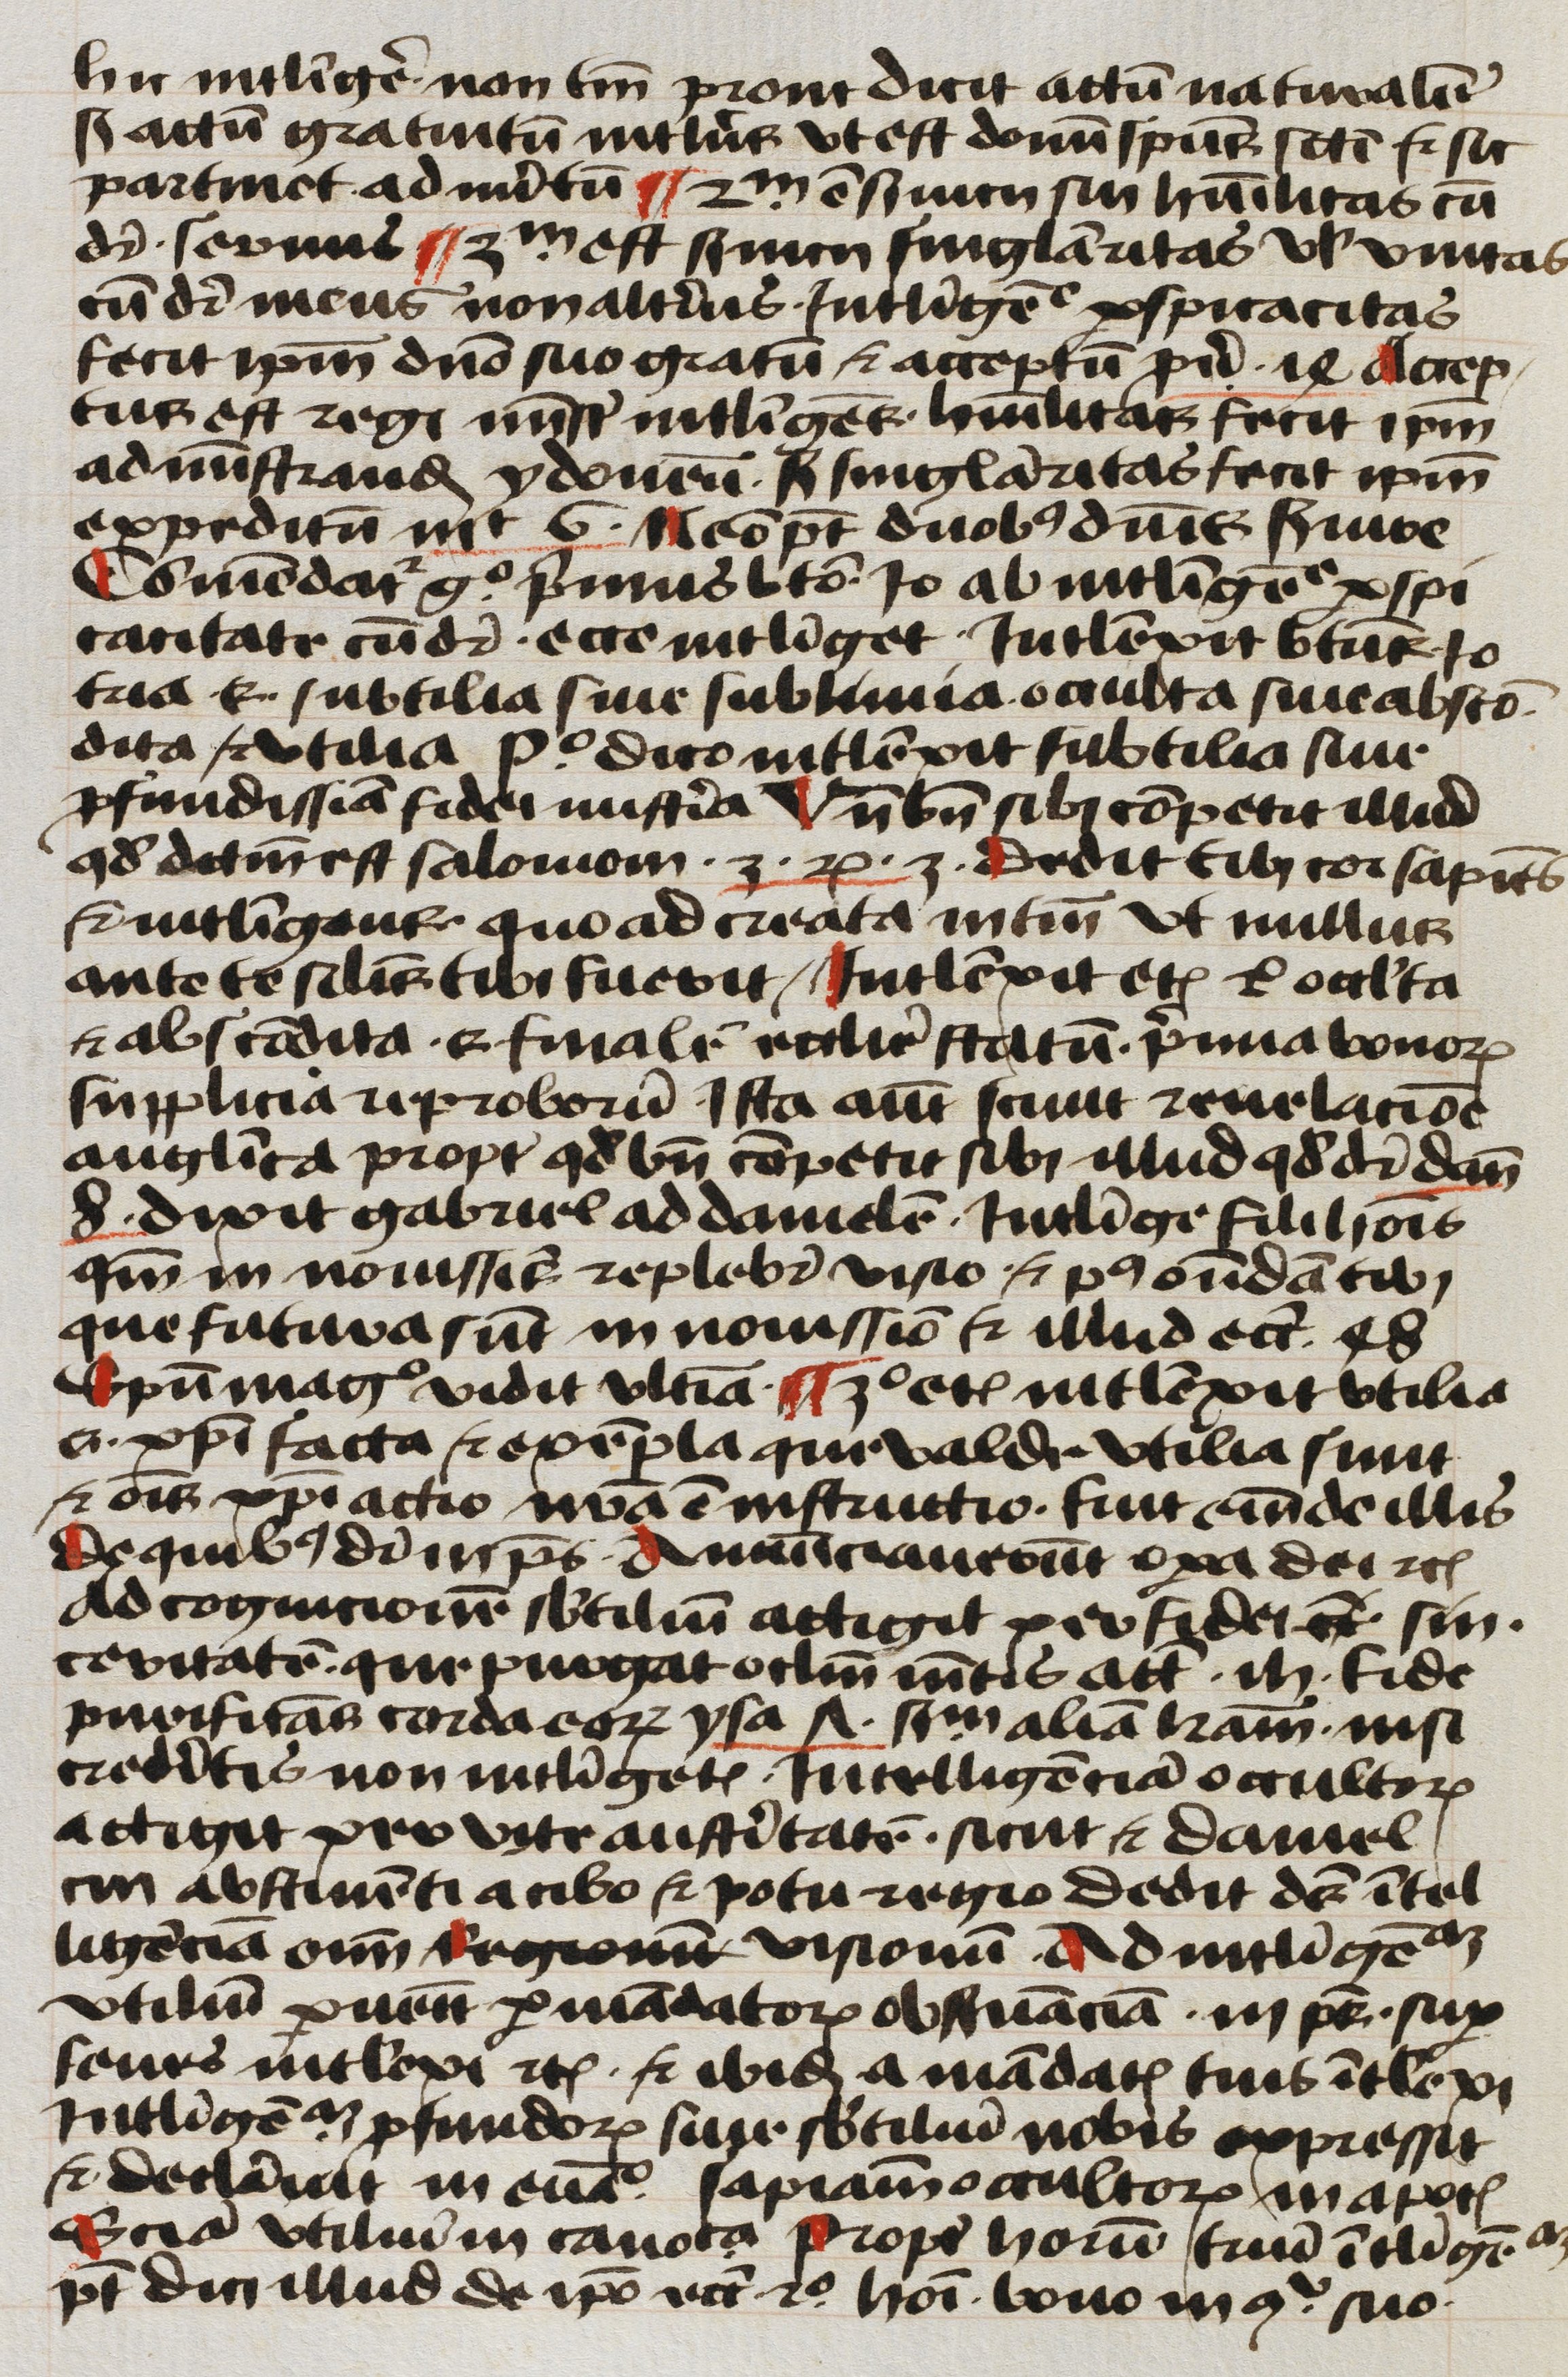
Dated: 1450–1499